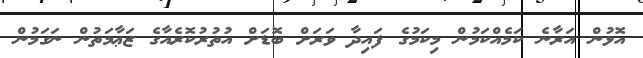
އޮޅުން އަރާނެ ކަމެއްކަމުން މިކަމުގެ ފައިދާ ވަރަށް ބޮޑަށް އުތުރުކޮރެއާގެ ޒަޢާމަތުން ނަގަމުން